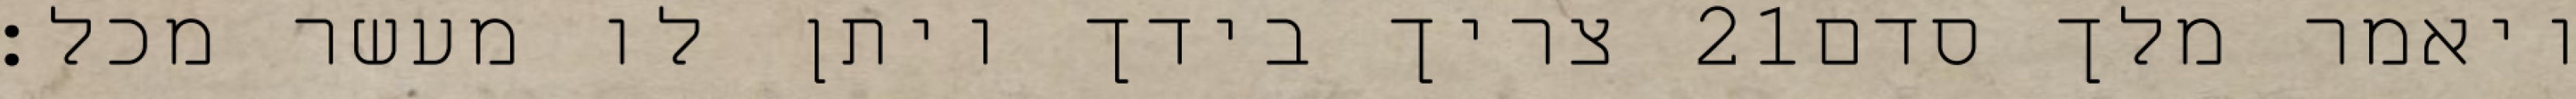
צריך בידך ויתן לו מעשר מכל׃ ‎21‏ ויאמר מלך סדם